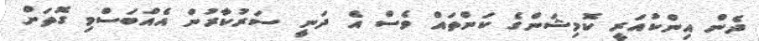
ދެން އިންކުއަރީ ކޮމިޝަންގެ ކަންތައް ވެސް އެ ދަނީ ސަރުކާރުން އެއްބަސްވި ގޮތަށް